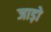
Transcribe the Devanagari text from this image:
जाड़ो